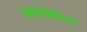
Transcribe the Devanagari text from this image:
सेरिविसिया